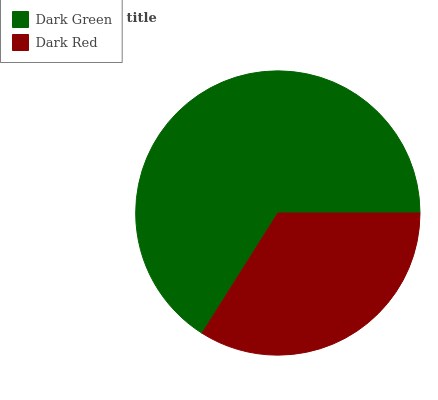
| Dark Green | Dark Red |
 | --- | --- |
 | 66.1% | 33.9% |